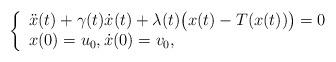
LaTeX: \begin{align*}\left\{\begin{array}{ll}\ddot x(t) + \gamma(t) \dot x(t) + \lambda(t)\big(x(t)-T(x(t))\big)=0\\x(0)=u_0, \dot x(0)=v_0,\end{array}\right.\end{align*}